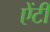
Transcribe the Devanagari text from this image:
एेंटी